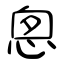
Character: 悤